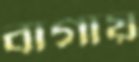
বাগায়